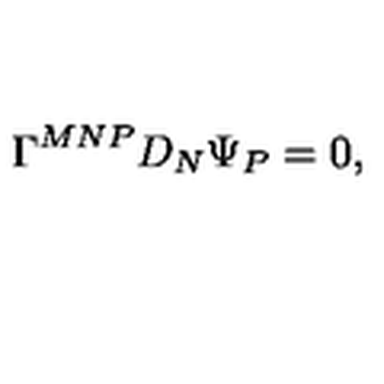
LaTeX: \Gamma ^ { M N P } D _ { N } \Psi _ { P } = 0 ,